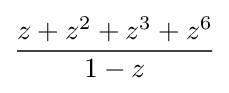
{\frac {z+z^{2}+z^{3}+z^{6}}{1-z}}